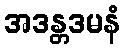
အဒန္တဒမနံ